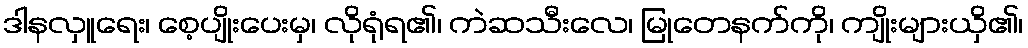
ဒါနလှူရေး၊ စေ့ပျိုးပေးမှ၊ လိုရုံရ၏၊ ကဲဆသီးလေ၊ မြုတေနက်ကို၊ ကျိုးများယှိ၏၊